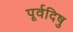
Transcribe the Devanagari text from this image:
पूर्वदिषु